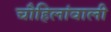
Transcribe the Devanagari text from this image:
चौहिलांवाली